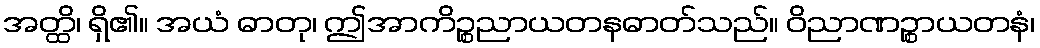
အတ္ထိ၊ ရှိ၏။ အယံ ဓာတု၊ ဤအာကိဉ္စညာယတနဓာတ်သည်။ ဝိညာဏဉ္စာယတနံ၊